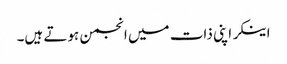
اینکر اپنی ذات میں انجمن ہوتے ہیں۔